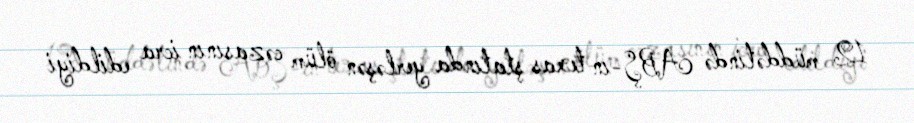
12 müddətində ABŞ-ın texas ştatında yerləşən ölüm cəzasının icra edildiyi